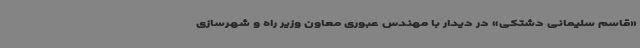
«قاسم سلیمانی دشتکی» در دیدار با مهندس عبوری معاون وزیر راه و شهرسازی